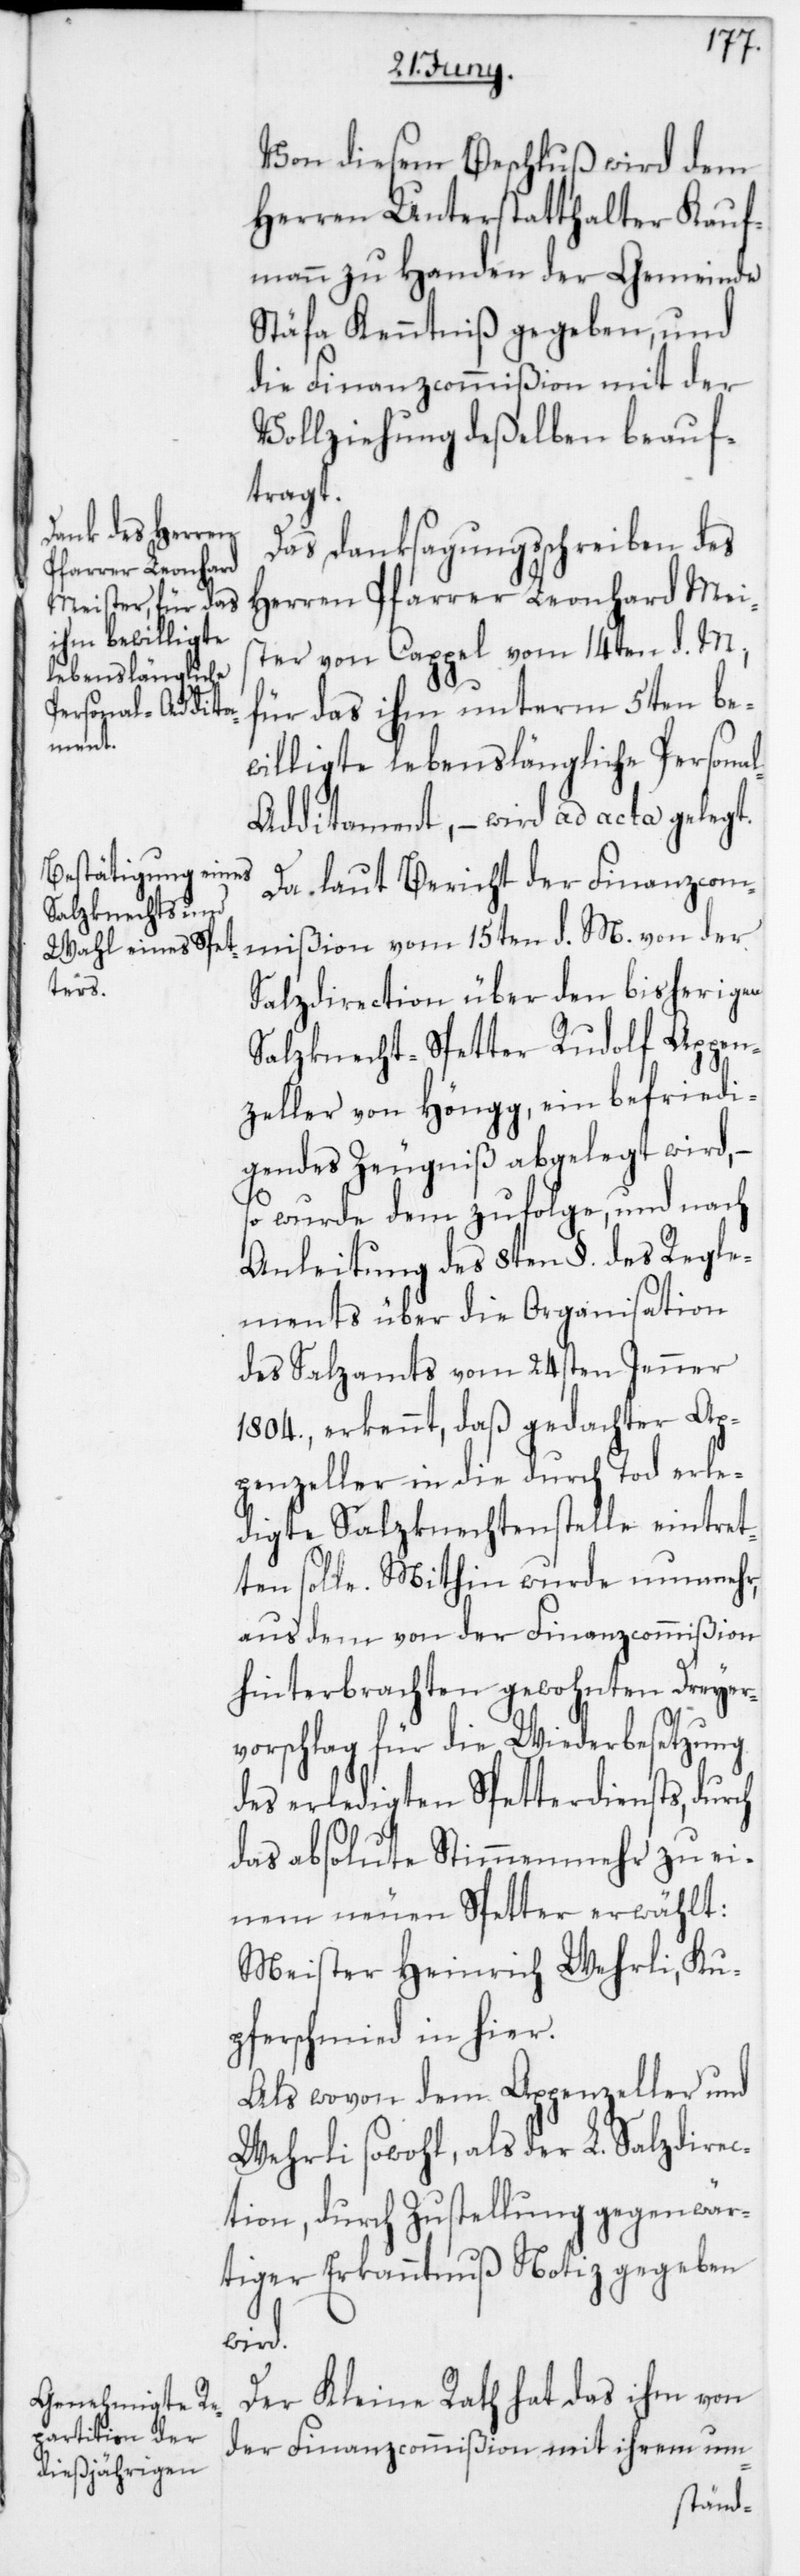
Von diesem Beschluß wird dem
Herren Unterstatthalter Kauf¬
mann zu Handen der Gemeinde
Stäfa Kenntniß gegeben, und
die Finanzcommißion mit der
Vollziehung deßelben beauf¬
tragt.
Das Danksagungsschreiben des
Herren Pfarrer Leonhard Mei¬
ster von Cappel vom 14ten d. M.,
für das ihm unterm 5ten be¬
willigte lebenslängliche Persona¬
l-Additament, – wird ad acta gelegt.
Da laut Bericht der Finanzcom¬
mißion vom 15ten d. M. von der
Salzdirection über den bisherigen
Salzknecht-Spetter Rudolf Appen¬
zeller von Höngg, ein befriedi¬
gendes Zeugniß abgelegt wird,
wurde dem zufolge und nach
Anleitung des 8ten §. des Regle¬
ments über die Organisation
des Salzamts vom 24sten Jenner
1804., erkennt, daß gedachter Ap¬
penzeller in die durch Tod erle¬
digte Salzknechtenstelle eintret¬
ten solle. Mithin wurde nunmehr,
aus dem von der Finanzcommißion
hinterbrachten gewohnten Dreyer¬
vorschlag für die Wiederbesetzung
des erledigten Spetterdiensts, durch
das absolute Stimmenmehr zu ei¬
nem neuen Spetter erwählt:
Meister Heinrich Wehrli, Ku¬
pferschmied in hier.
Als wovon dem Appenzeller und
Wehrli sowohl, als der L. Salzdirec¬
tion, durch Zustellung gegenwär¬
tiger Erkanntnuß Notiz gegeben
wird.
Der Kleine Rath hat das ihm von
der Finanzcommißion mit ihrem um-